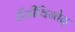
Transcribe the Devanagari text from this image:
हँसीविनोद